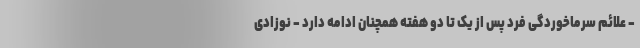
- علائم سرماخوردگی فرد پس از یک تا دو هفته همچنان ادامه دارد - نوزادی